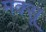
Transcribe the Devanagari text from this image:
मक्सू